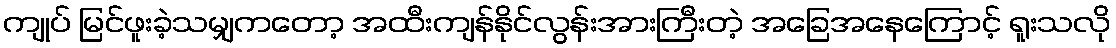
ကျုပ် မြင်ဖူးခဲ့သမျှကတော့ အထီးကျန်နိုင်လွန်းအားကြီးတဲ့ အခြေအနေကြောင့် ရူးသလို